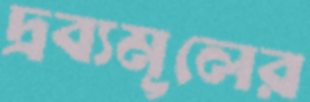
দ্রব্যমূলের